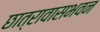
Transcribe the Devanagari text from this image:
छात्रावासभवन